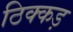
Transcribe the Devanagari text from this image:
ठिक्कड़